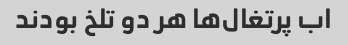
اب پرتغال‌ها هر دو تلخ بودند